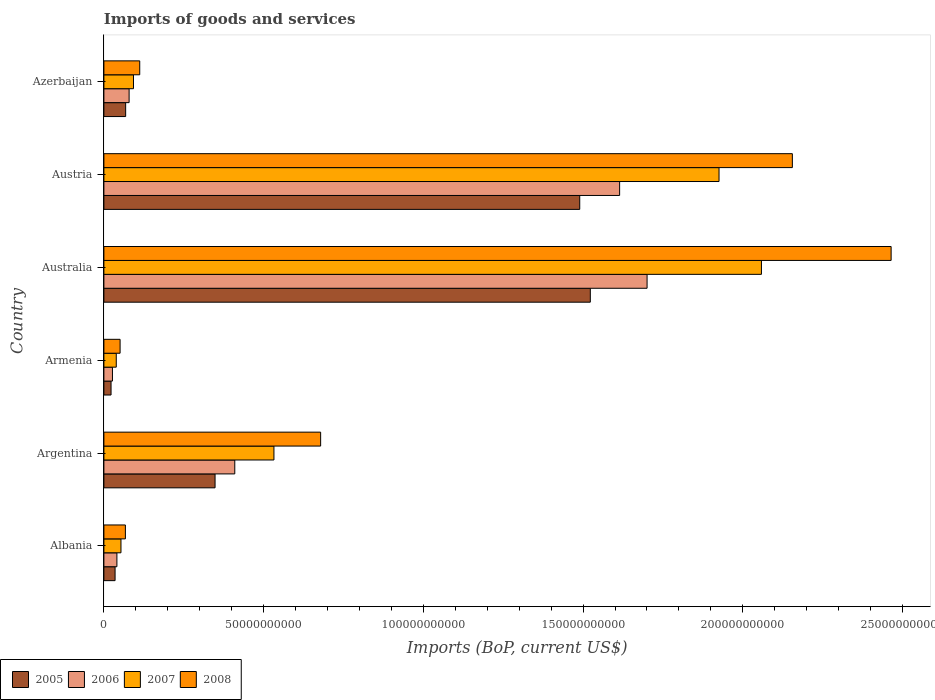
| Country | 2005 | 2006 | 2007 | 2008 |
 | --- | --- | --- | --- | --- |
 | Albania | 3.5e+09 | 4.07e+09 | 5.34e+09 | 6.73e+09 |
 | Argentina | 3.48e+10 | 4.1e+10 | 5.32e+10 | 6.79e+10 |
 | Armenia | 2.24e+09 | 2.68e+09 | 3.88e+09 | 5.07e+09 |
 | Australia | 1.52e+11 | 1.7e+11 | 2.06e+11 | 2.46e+11 |
 | Austria | 1.49e+11 | 1.61e+11 | 1.93e+11 | 2.16e+11 |
 | Azerbaijan | 6.81e+09 | 7.89e+09 | 9.26e+09 | 1.12e+10 |